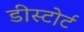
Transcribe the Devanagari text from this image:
डीस्टोर्ट